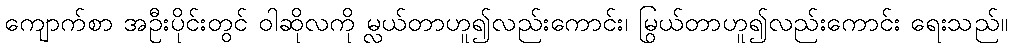
ကျောက်စာ အဦးပိုင်းတွင် ဝါဆိုလကို မ္လယ်တာဟူ၍လည်းကောင်း၊ မြွယ်တာဟူ၍လည်းကောင်း ရေးသည်။